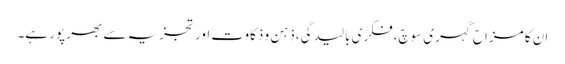
ان کا مزاح گہری سوچ،فکری بالیدگی،ذہن و ذکاوت اور تجزیہ سے بھر پور ہے۔